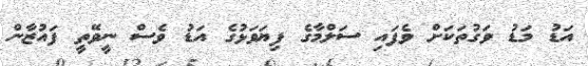
އަޑު މަޑު ވަގުތަކަށް ވެފައި ސަލްމާގެ ފިޔަވަޅުގެ އަޑު ވެސް ނީވޭތީ ފައުޒާން